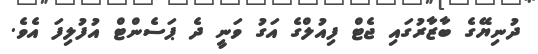
ދުނިޔޭގެ ބާޒާރުގައި ޖެޓް ފިއުލްގެ އަގު ވަނީ ދެ ޕަސެންޓް އުފުލިފަ އެވެ.